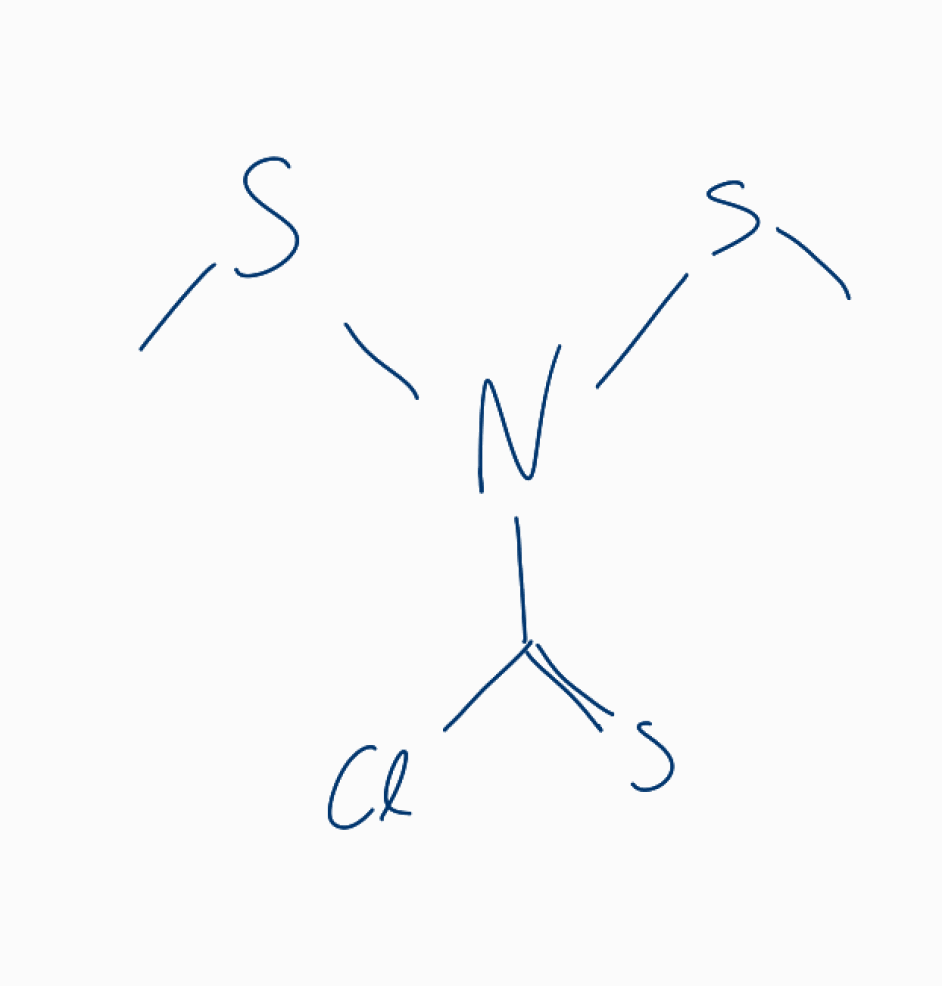
Simplified molecular-input line-entry system (SMILES) notation of the given molecule:
CSN(C(=S)Cl)SC